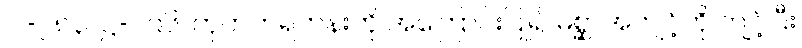
ပါ-၂၈၃၊ ဋ္ဌ-၂၉၆၊ ကုဟကရဟန်းကို အကြောင်းပြု၍ မိစ္ဆာအကျင့်ကို ကျင့်ပြီး